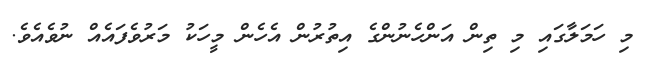
މި ހަމަލާގައި މި ތިން އަންހެނުންގެ އިތުރުން އެހެން މީހަކު މަރުވެފައެއް ނުވެއެވެ.